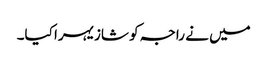
میں نے راجہ کو شازیہرا کیا۔